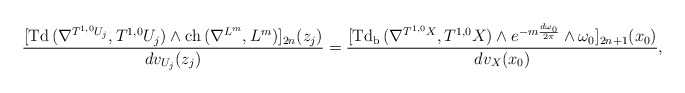
\begin{align*} \frac{[\mathrm{Td\,}(\nabla^{T^{1,0}U_j},T^{1,0}U_j)\wedge\mathrm{ch\,}(\nabla^{L^m},L^m)]_{2n}(z_j)}{dv_{U_j}(z_j)}=\frac{[\mathrm{Td_b\,}(\nabla^{T^{1,0}X},T^{1,0}X)\wedge e^{-m\frac{d\omega_0}{2\pi}}\wedge\omega_0]_{2n+1}(x_0)}{dv_X(x_0)},\end{align*}